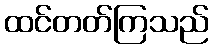
ထင်တတ်ကြသည်